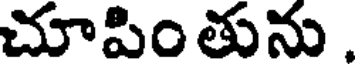
చూపింతును .